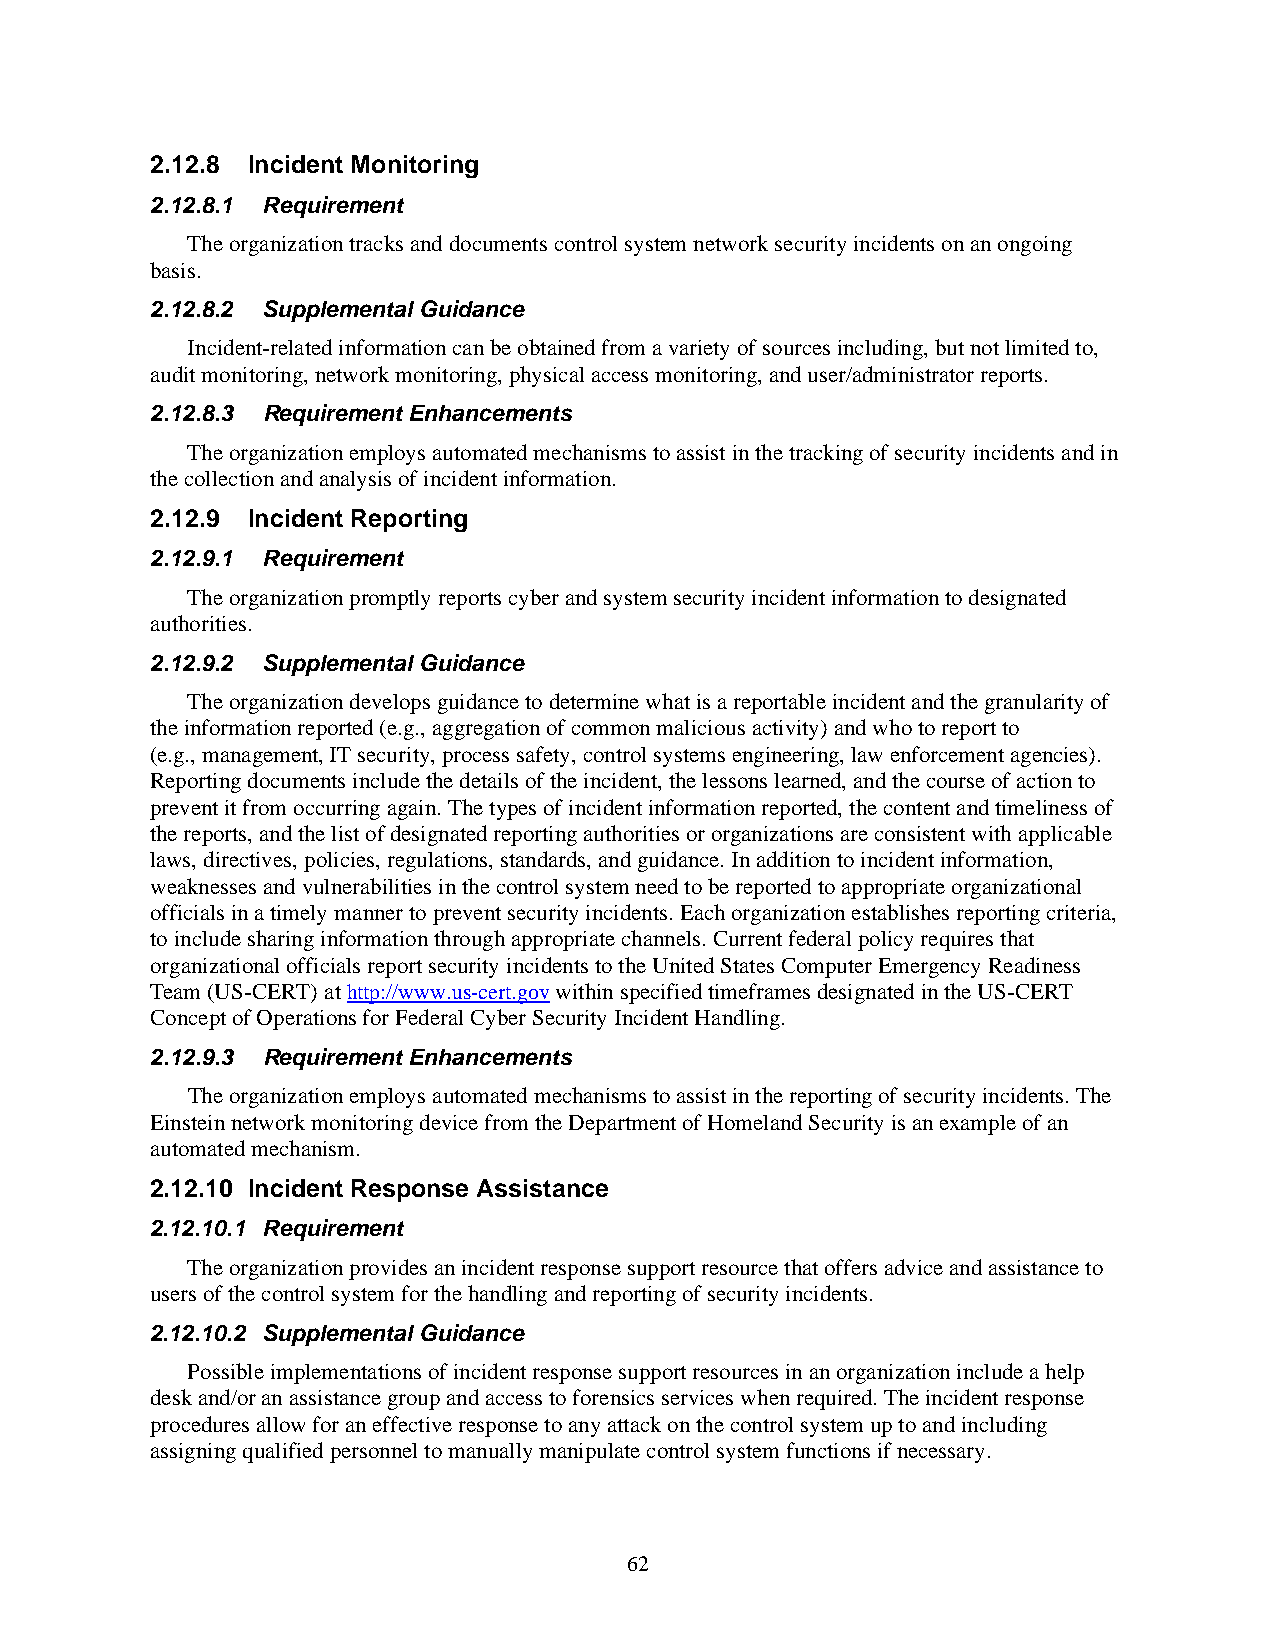
2.12.8 Incident Monitoring
 2.12.8.1 Requirement
 The organization tracks and documents control system network security incidents on an ongoing
 basis.
 2.12.8.2 Supplemental Guidance
 Incident-related information can be obtained from a variety of sources including, but not limited to,
 audit monitoring, network monitoring, physical access monitoring, and user/administrator reports.
 2.12.8.3 Requirement Enhancements
 The organization employs automated mechanisms to assist in the tracking of security incidents and in
 the collection and analysis of incident information.
 2.12.9 Incident Reporting
 2.12.9.1 Requirement
 The organization promptly reports cyber and system security incident information to designated
 authorities.
 2.12.9.2 Supplemental Guidance
 The organization develops guidance to determine what is a reportable incident and the granularity of
 the information reported (e.g., aggregation of common malicious activity) and who to report to
 (e.g., management, IT security, process safety, control systems engineering, law enforcement agencies).
 Reporting documents include the details of the incident, the lessons learned, and the course of action to
 prevent it from occurring again. The types of incident information reported, the content and timeliness of
 the reports, and the list of designated reporting authorities or organizations are consistent with applicable
 laws, directives, policies, regulations, standards, and guidance. In addition to incident information,
 weaknesses and vulnerabilities in the control system need to be reported to appropriate organizational
 officials in a timely manner to prevent security incidents. Each organization establishes reporting criteria,
 to include sharing information through appropriate channels. Current federal policy requires that
 organizational officials report security incidents to the United States Computer Emergency Readiness
 Team (US-CERT) at http://www.us-cert.gov within specified timeframes designated in the US-CERT
 Concept of Operations for Federal Cyber Security Incident Handling.
 2.12.9.3 Requirement Enhancements
 The organization employs automated mechanisms to assist in the reporting of security incidents. The
 Einstein network monitoring device from the Department of Homeland Security is an example of an
 automated mechanism.
 2.12.10 Incident Response Assistance
 2.12.10.1 Requirement
 The organization provides an incident response support resource that offers advice and assistance to
 users of the control system for the handling and reporting of security incidents.
 2.12.10.2 Supplemental Guidance
 Possible implementations of incident response support resources in an organization include a help
 desk and/or an assistance group and access to forensics services when required. The incident response
 procedures allow for an effective response to any attack on the control system up to and including
 assigning qualified personnel to manually manipulate control system functions if necessary.
 62